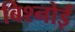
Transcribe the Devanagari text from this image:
बिश्‍नोई